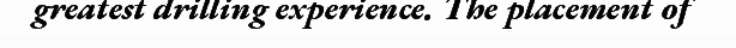
greatest drilling experience. The placement of